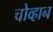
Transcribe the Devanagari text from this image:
चोव्हान